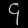
Digit: ၄